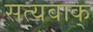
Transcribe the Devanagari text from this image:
सत्यवाक्‌